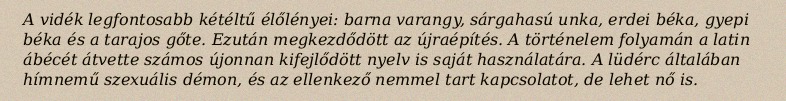
A vidék legfontosabb kétéltű élőlényei: barna varangy, sárgahasú unka, erdei béka, gyepi béka és a tarajos gőte. Ezután megkezdődött az újraépítés. A történelem folyamán a latin ábécét átvette számos újonnan kifejlődött nyelv is saját használatára. A lüdérc általában hímnemű szexuális démon, és az ellenkező nemmel tart kapcsolatot, de lehet nő is.